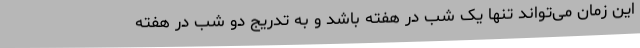
این زمان می‌تواند تنها یک شب در هفته باشد و به تدریج دو شب در هفته